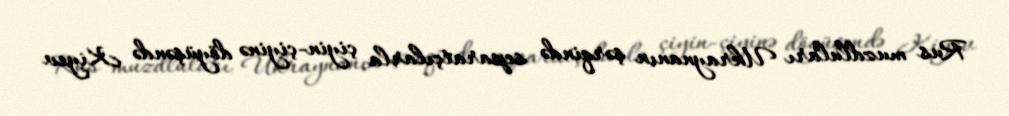
Rus muzdluları Ukraynanın şərqində separatçılarla çiyin-çiyinə döyüşəndə Kiyev